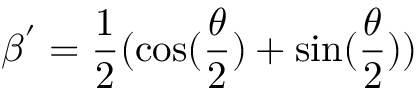
\beta ^ { ' } = \frac { 1 } { 2 } ( \cos ( \frac { \theta } { 2 } ) + \sin ( \frac { \theta } { 2 } ) )